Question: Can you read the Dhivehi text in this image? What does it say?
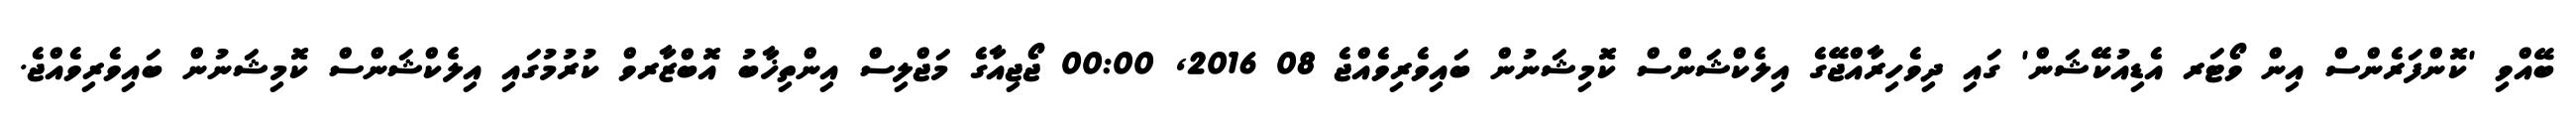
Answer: ބޭއްވި 'ކޮންފަރެންސް އިން ވޯޓަރ އެޑިއުކޭޝަން' ގައި ދިވެހިރާއްޖޭގެ އިލެކްޝަންސް ކޮމިޝަނުން ބައިވެރިވެއްޖެ 08 2016, 00:00 ޖޯޖިއާގެ މަޖްލިސް އިންތިޚާބު އޮބްޒާރވް ކުރުމުގައި އިލެކްޝަންސް ކޮމިޝަނުން ބައިވެރިވެއްޖެ.